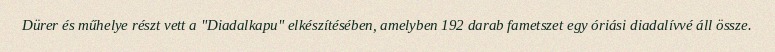
Dürer és műhelye részt vett a "Diadalkapu" elkészítésében, amelyben 192 darab fametszet egy óriási diadalívvé áll össze.